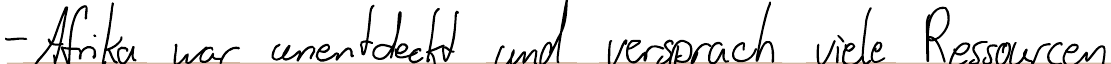
- Afrika war unentdeckt und versprach viele Ressourcen